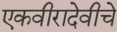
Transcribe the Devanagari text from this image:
एकवीरादेवीचे